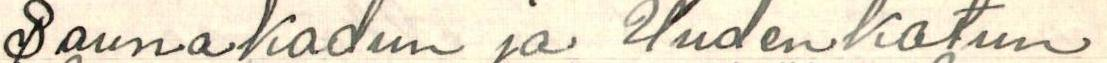
Saunakadun ja Uudenkatun